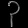
Digit: ၃